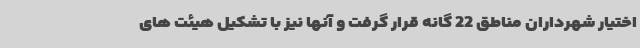
اختیار شهرداران مناطق 22 گانه قرار گرفت و آنها نیز با تشکیل هیئت های